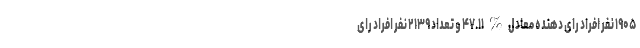
۱۹۰۵ نفر افراد رای دهنده معادل % ۴۷.۱۱ و تعداد ۲۱۳۹ نفر افراد رای